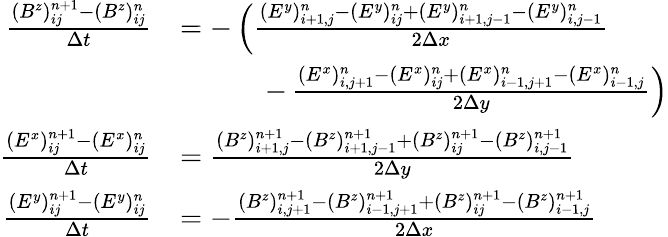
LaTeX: \begin{array}{rl}{\frac{(B^{z})_{ij}^{n+1}-(B^{z})_{ij}^{n}}{\Delta t}}&{=-\left(\frac{(E^{y})_{i+1,j}^{n}-(E^{y})_{ij}^{n}+(E^{y})_{i+1,j-1}^{n}-(E^{y})_{i,j-1}^{n}}{2\Delta x}\right.}\\ &{\quad\quad\quad-\left.\frac{(E^{x})_{i,j+1}^{n}-(E^{x})_{ij}^{n}+(E^{x})_{i-1,j+1}^{n}-(E^{x})_{i-1,j}^{n}}{2\Delta y}\right)}\\ {\frac{(E^{x})_{ij}^{n+1}-(E^{x})_{ij}^{n}}{\Delta t}}&{=\frac{(B^{z})_{i+1,j}^{n+1}-(B^{z})_{i+1,j-1}^{n+1}+(B^{z})_{ij}^{n+1}-(B^{z})_{i,j-1}^{n+1}}{2\Delta y}}\\ {\frac{(E^{y})_{ij}^{n+1}-(E^{y})_{ij}^{n}}{\Delta t}}&{=-\frac{(B^{z})_{i,j+1}^{n+1}-(B^{z})_{i-1,j+1}^{n+1}+(B^{z})_{ij}^{n+1}-(B^{z})_{i-1,j}^{n+1}}{2\Delta x}}\end{array}